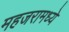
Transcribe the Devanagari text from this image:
महजरामध्ये